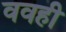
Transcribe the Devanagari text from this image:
ववही